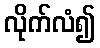
လိုက်လံ၍